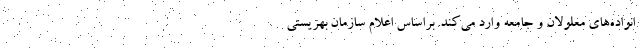
انواده‌های معلولان و جامعه وارد می‌کند. براساس اعلام سازمان بهزیستی